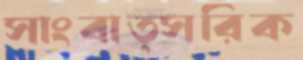
সাংবাত্সরিক